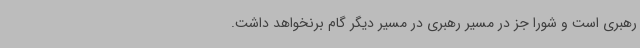
رهبری است و شورا جز در مسیر رهبری در مسیر دیگر گام برنخواهد داشت.